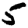
Digit: 5